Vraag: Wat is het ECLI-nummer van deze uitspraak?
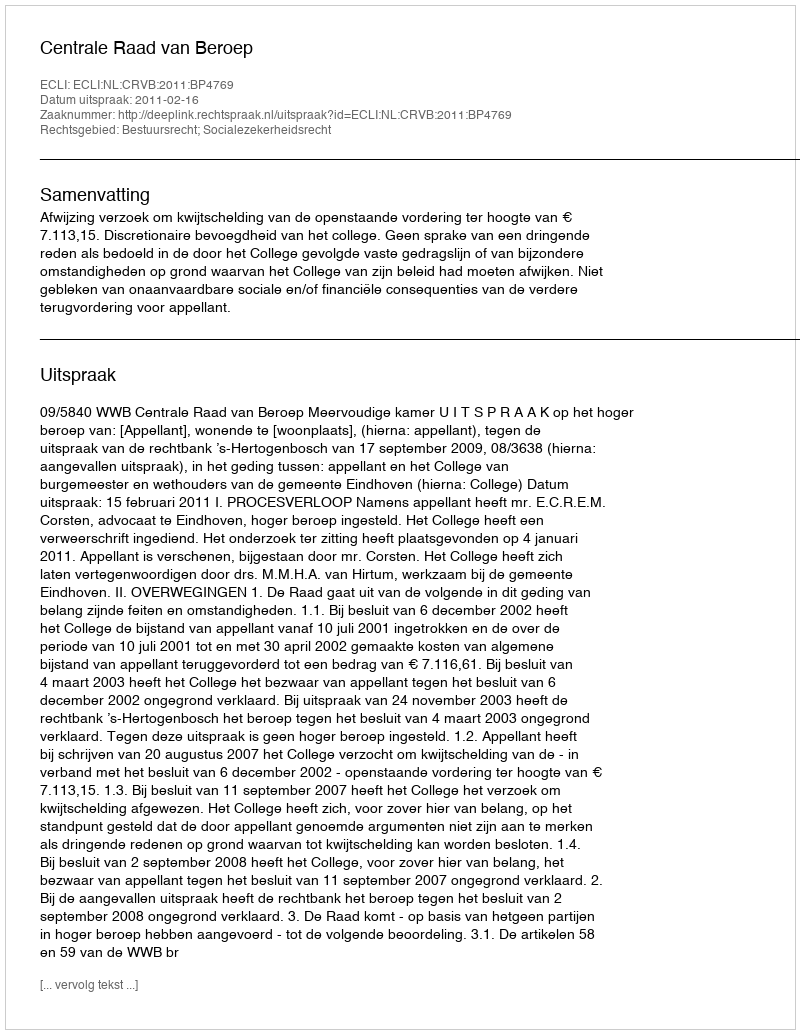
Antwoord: ECLI:NL:CRVB:2011:BP4769